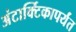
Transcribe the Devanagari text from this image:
अंटार्क्टिकापर्यंत